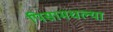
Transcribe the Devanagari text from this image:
पिसामधल्या